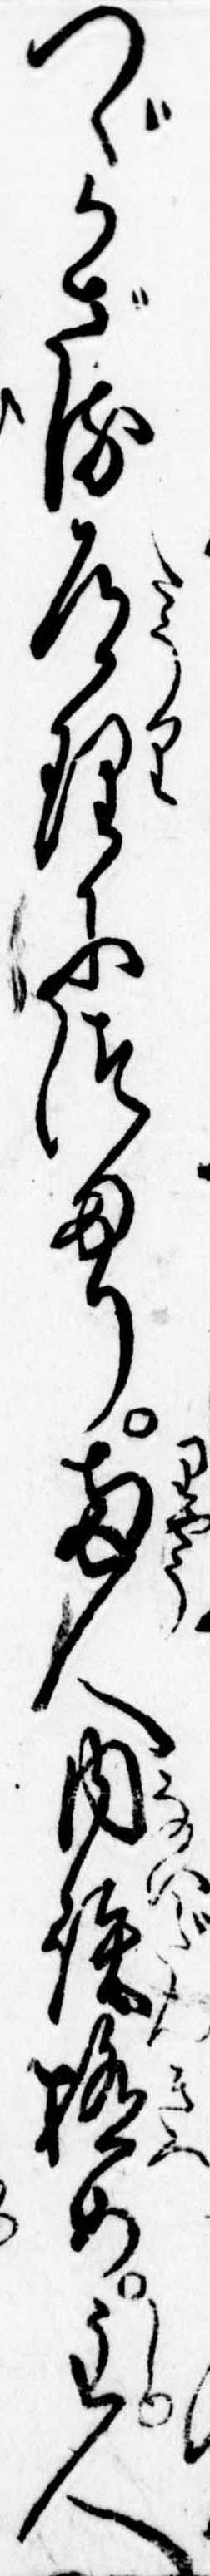
つゞかざる道理につまり両人内談極め主人